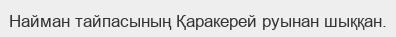
Найман тайпасының Қаракерей руынан шыққан.